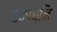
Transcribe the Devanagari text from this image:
एकाघ्नि